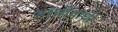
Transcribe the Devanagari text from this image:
गांधीवाधी